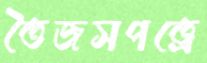
তৈজসপত্রে